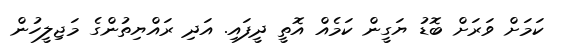
ކަމަށް ވަރަށް ބޮޑު ޔަގީން ކަމެއް އޮތީ ދީފައި. އަދި ރައްޔިތުންގެ މަޖިލީހުން